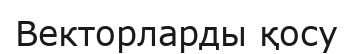
Векторларды қосу